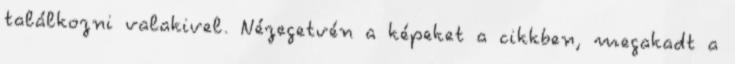
találkozni valakivel. Nézegetvén a képeket a cikkben, megakadt a